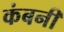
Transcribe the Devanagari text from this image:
कंबनी